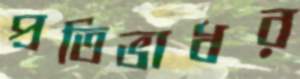
প্রতিভাধর